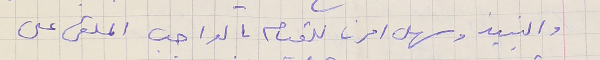
والنبيذ وسهل امرنا للقيام بالواجب الملقى على